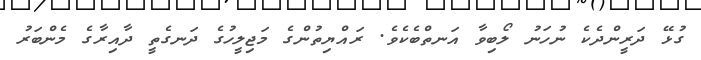
ގުޅޭ ދަރީންދެކެ ނުހަނު ލޯބިވާ އަނތްބެކެވެ. ރައްޔިތުންގެ މަޖިލީހުގެ ދަނގެތީ ދާއިރާގެ މެންބަރު